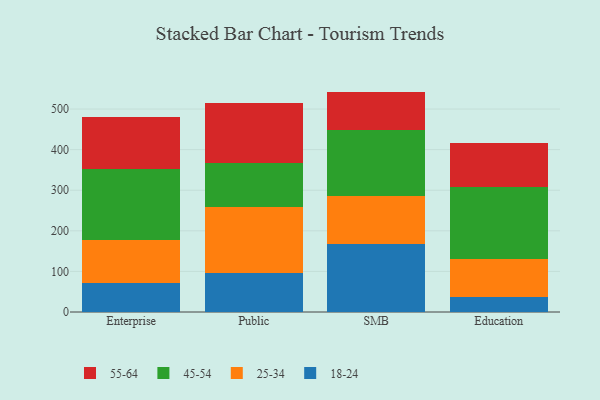
{"axis": {"x": "Segment", "y": "Market Share (%)"}, "legend": ["18-24", "25-34", "45-54", "55-64"], "data": [{"x": "Enterprise", "y": 70.5, "type": "18-24"}, {"x": "Enterprise", "y": 108.1, "type": "25-34"}, {"x": "Enterprise", "y": 173.6, "type": "45-54"}, {"x": "Enterprise", "y": 128.0, "type": "55-64"}, {"x": "Public", "y": 94.9, "type": "18-24"}, {"x": "Public", "y": 163.2, "type": "25-34"}, {"x": "Public", "y": 109.3, "type": "45-54"}, {"x": "Public", "y": 147.8, "type": "55-64"}, {"x": "SMB", "y": 167.3, "type": "18-24"}, {"x": "SMB", "y": 119.7, "type": "25-34"}, {"x": "SMB", "y": 162.1, "type": "45-54"}, {"x": "SMB", "y": 93.9, "type": "55-64"}, {"x": "Education", "y": 36.5, "type": "18-24"}, {"x": "Education", "y": 94.6, "type": "25-34"}, {"x": "Education", "y": 176.6, "type": "45-54"}, {"x": "Education", "y": 108.4, "type": "55-64"}]}